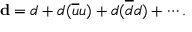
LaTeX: { \bf d } = d + d ( \overline { { { u } } } u ) + d ( \overline { { { d } } } d ) + \cdots .